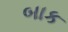
બાક